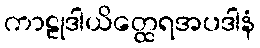
ကာဠုဒါယိတ္ထေရအပဒါနံ